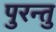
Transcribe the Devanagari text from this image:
पुरन्तु